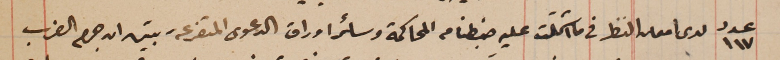
عدد ١١٧ لدى امعان النظر فى ما اشتملت عليه ضبطنا من المحاكمة وسائر اوراق الدعوى المتفرعة تبين ان جرم الضرب